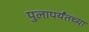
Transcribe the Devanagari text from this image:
पुलापर्यंतच्या